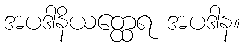
အပဒါနိယတ္ထေရ အပဒါန။